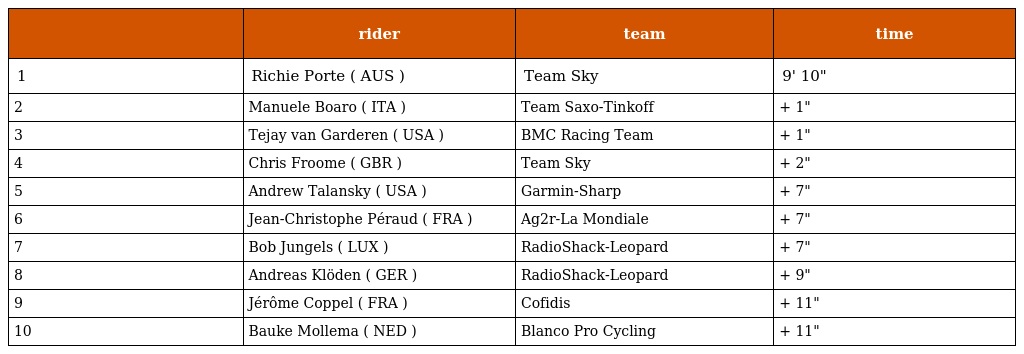
|  | rider | team | time |
 | --- | --- | --- | --- |
 | 1 | Richie Porte ( AUS ) | Team Sky | 9' 10" |
 | 2 | Manuele Boaro ( ITA ) | Team Saxo-Tinkoff | + 1" |
 | 3 | Tejay van Garderen ( USA ) | BMC Racing Team | + 1" |
 | 4 | Chris Froome ( GBR ) | Team Sky | + 2" |
 | 5 | Andrew Talansky ( USA ) | Garmin-Sharp | + 7" |
 | 6 | Jean-Christophe Péraud ( FRA ) | Ag2r-La Mondiale | + 7" |
 | 7 | Bob Jungels ( LUX ) | RadioShack-Leopard | + 7" |
 | 8 | Andreas Klöden ( GER ) | RadioShack-Leopard | + 9" |
 | 9 | Jérôme Coppel ( FRA ) | Cofidis | + 11" |
 | 10 | Bauke Mollema ( NED ) | Blanco Pro Cycling | + 11" |